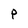
Character: P